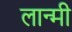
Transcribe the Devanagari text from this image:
लान्मी